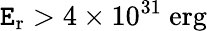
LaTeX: \mathtt{E}_{\mathrm{{r}}}>4\times10^{31}\ \mathrm{{erg}}